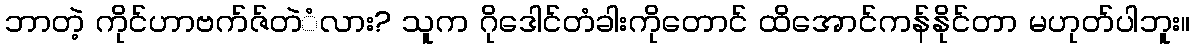
ဘာတဲ့ ကိုင်ဟာဗက်ဇ်တဲံလား? သူက ဂိုဒေါင်တံခါးကိုတောင် ထိအောင်ကန်နိုင်တာ မဟုတ်ပါဘူး။